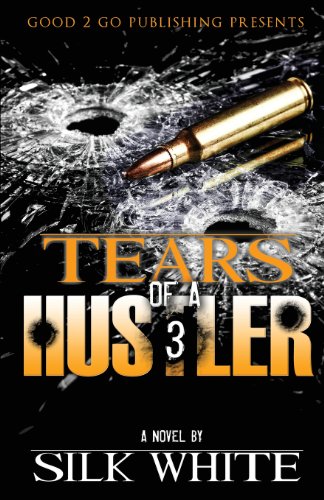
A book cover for Tears of a Hustler PT 3; Silk White; Literature & Fiction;